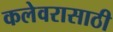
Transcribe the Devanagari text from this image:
कलेवरासाठी